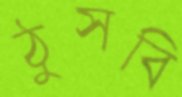
ঠুসবি